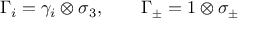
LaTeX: \Gamma _ { i } = \gamma _ { i } \otimes \sigma _ { 3 } , \qquad \Gamma _ { \pm } = 1 \otimes \sigma _ { \pm }